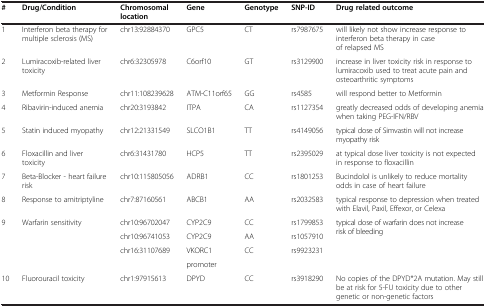
| # | Drug/Condition | Chromosomal location | Gene | Genotype | SNP-ID | Drug related outcome |
 | --- | --- | --- | --- | --- | --- | --- |
 | 1 | Interferon beta therapy for multiple sclerosis (MS) | chr13:92884370 | GPC5 | CT | rs7987675 | will likely not show increase response to interferon beta therapy in case of relapsed MS |
 | 2 | Lumiracoxib-related liver toxicity | chr6:32305978 | C6orf10 | GT | rs3129900 | increase in liver toxicity risk in response to lumiracoxib used to treat acute pain and osteoarthritic symptoms |
 | 3 | Metformin Response | chr11:108239628 | ATM-C11orf65 | GG | rs4585 | will respond better to Metformin |
 | 4 | Ribavirin-induced anemia | chr20:3193842 | ITPA | CA | rs1127354 | greatly decreased odds of developing anemia when taking PEG-IFN/RBV |
 | 5 | Statin induced myopathy | chr12:21331549 | SLCO1B1 | TT | rs4149056 | typical dose of Simvastin will not increase myopathy risk |
 | 6 | Floxacillin and liver toxicity | chr6:31431780 | HCP5 | TT | rs2395029 | at typical dose liver toxicity is not expected in response to floxacillin |
 | 7 | Beta-Blocker - heart failure risk | chr10:115805056 | ADRB1 | CC | rs1801253 | Bucindolol is unlikely to reduce mortality odds in case of heart failure |
 | 8 | Response to amitriptyline | chr7:87160561 | ABCB1 | AA | rs2032583 | typical response to depression when treated with Elavil, Paxil, Effexor, or Celexa |
 | <ROWSPAN=4> 9 | <ROWSPAN=4> Warfarin sensitivity | chr10:96702047 | CYP2C9 | CC | rs1799853 | <ROWSPAN=4> typical dose of warfarin does not increase risk of bleeding |
 | chr10:96741053 | CYP2C9 | AA | rs1057910 |
 | <ROWSPAN=2> chr16:31107689 | VKORC1 | <ROWSPAN=2> CC | <ROWSPAN=2> rs9923231 |
 | promoter |
 | 10 | Fluorouracil toxicity | chr1:97915613 | DPYD | CC | rs3918290 | No copies of the DPYD*2A mutation. May still be at risk for 5-FU toxicity due to other genetic or non-genetic factors |